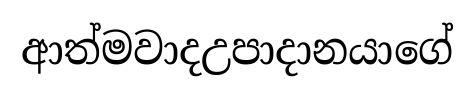
ආත්මවාදඋපාදානයාගේ